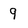
Character: 9